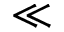
\ll